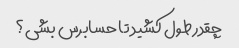
چقدر طول کشید تا حسابرس بشی؟